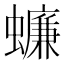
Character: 蠊